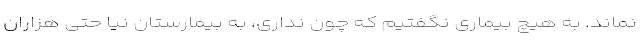
نماند. به هیچ بیماری نگفتیم که چون نداری، به بیمارستان نیا حتی هزاران